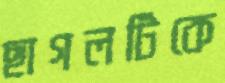
ছাগলটিকে